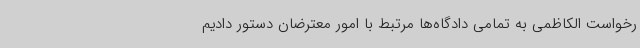
رخواست الکاظمی به تمامی دادگاه‌ها مرتبط با امور معترضان دستور دادیم